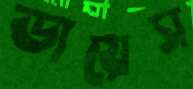
ডায়েস